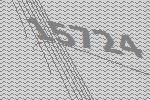
15724